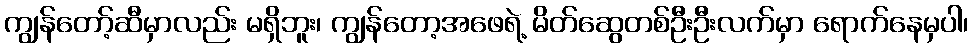
ကျွန်တော့်ဆီမှာလည်း မရှိဘူး၊ ကျွန်တော့အဖေရဲ့ မိတ်ဆွေတစ်ဦးဦးလက်မှာ ရောက်နေမှပါ၊